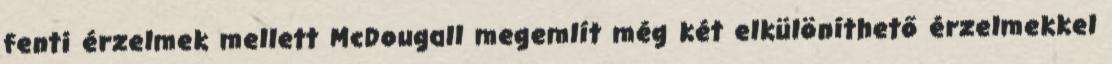
fenti érzelmek mellett McDougall megemlít még két elkülöníthető érzelmekkel